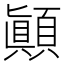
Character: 顚